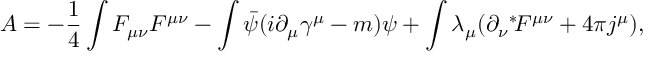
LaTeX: { \cal A } = - \frac { 1 } { 4 } \int F _ { \mu \nu } F ^ { \mu \nu } - \int \bar { \psi } ( i \partial _ { \mu } \gamma ^ { \mu } - m ) \psi + \int \lambda _ { \mu } ( \partial _ { \nu } \mathrm { } ^ { * } \! F ^ { \mu \nu } + 4 \pi j ^ { \mu } ) ,